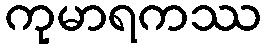
ကုမာရကဿ